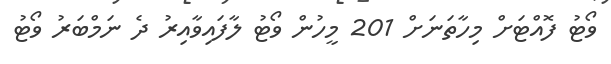
ވޯޓު ފޮއްޓަށް މިހާތަނަށް 201 މީހުން ވޯޓު ލާފައިވާއިރު ދެ ނަމްބަރު ވޯޓު